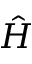
\hat { H }